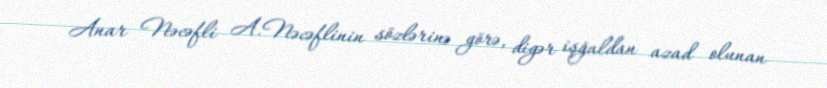
Anar Nəcəfli A.Nəcəflinin sözlərinə görə, digər işğaldan azad olunan